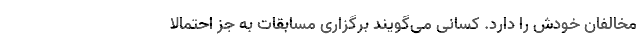
مخالفان خودش را دارد. کسانی می‌گویند برگزاری مسابقات به جز احتمالا